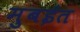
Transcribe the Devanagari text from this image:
मुबईत